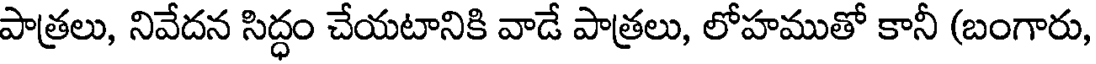
పాత్రలు, నివేదన సిద్ధం చేయటానికి వాడే పాత్రలు, లోహముతో కానీ (బంగారు,